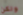
ولكن